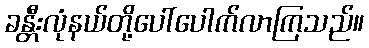
ခန္တီးလုံနယ်တို့ပေါ်ပေါက်လာကြသည်။